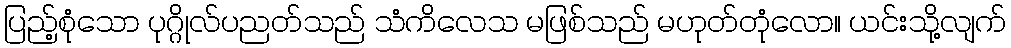
ပြည့်စုံသော ပုဂ္ဂိုလ်ပညတ်သည် သံကိလေသ မဖြစ်သည် မဟုတ်တုံလော။ ယင်းသို့လျက်